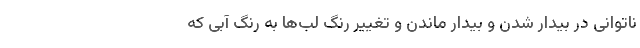
ناتوانی در بیدار شدن و بیدار ماندن و تغییر رنگ لب‌ها به رنگ آبی که